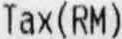
TAX(RM)